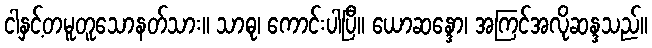
ငါနှင့်တမူတူသောနတ်သား။ သာဓု၊ ကောင်းပါပြီ။ ယောဆန္ဒော၊ အကြင်အလိုဆန္ဒသည်။